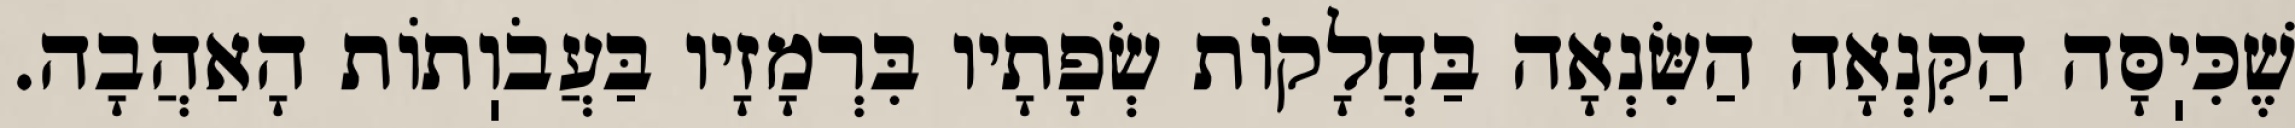
שֶׁכִּיֽסָּה הַקִּנְאָה הַשִּׂנְאָה בַּחֲלָקוֹת שְׂפָתָיו בִּרְמָזָיו בַּעֲבֹוֽתוֹת הָאַהֲבָה.